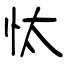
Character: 忲